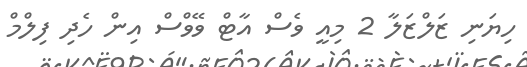
ހިޔަނި ޒަލްޒަލާ 2 މިއީ ވެސް އާޓް ވޭވްސް އިން ހެދި ފިލްމް